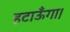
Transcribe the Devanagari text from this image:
हटाऊँगा।